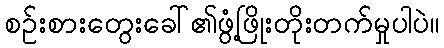
စဉ်းစားတွေးခေါ်၏ဖွံ့ဖြိုးတိုးတက်မှုပါပဲ။